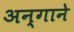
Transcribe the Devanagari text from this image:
अन्गाने